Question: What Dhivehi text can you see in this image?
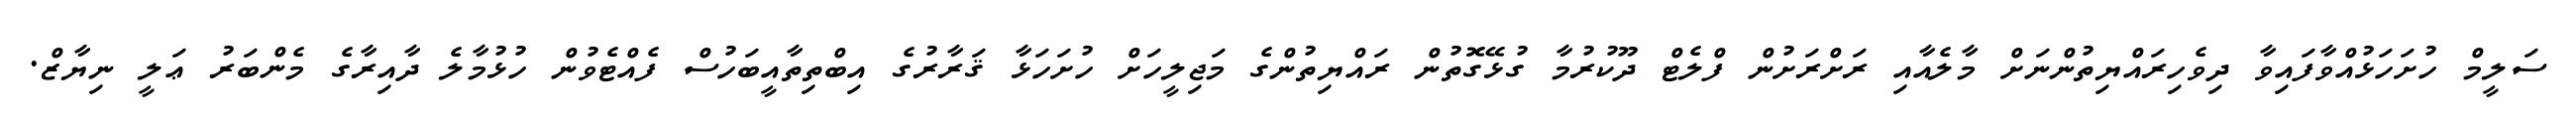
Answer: ސަލީމް ހުށަހަޅުއްވާފައިވާ ދިވެހިރައްޔިތުންނަށް މާލެއާއި ރަށްރަށުން ފްލެޓް ދޫކުރުމާ ގުޅޭގޮތުން ރައްޔިތުންގެ މަޖިލީހަށް ހުށަހަޅާ ޤަރާރުގެ އިބްތިތާއީބަހުސް ފެއްޓެވުން ހުޅުމާލެ ދާއިރާގެ މެންބަރު ޢަލީ ނިޔާޒް.